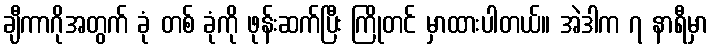
ချီကာဂိုအတွက် ခုံ တစ် ခုံကို ဖုန်းဆက်ပြီး ကြိုတင် မှာထားပါတယ်။ အဲဒါက ၇ နာရီမှာ